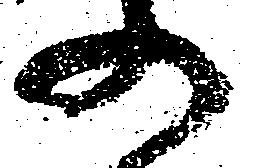
の